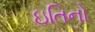
ઇતિનો